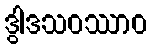
ဒွါဒသဝဿာဝ